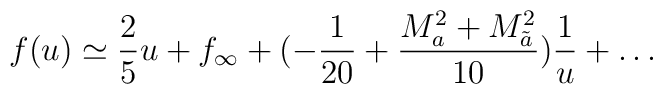
f(u) \simeq \frac{2}{5} u +f_{\infty}+(-\frac{1}{20}+\frac{M_a^2+M_{\tilde{a}}^2}{10}) \frac{1}{u}+\ldots\\[1mm]